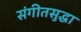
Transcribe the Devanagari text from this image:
संगीतसुद्धा